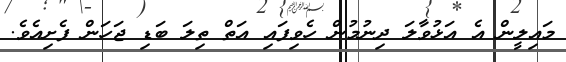
މައިލީން އެ އަޅުވާލަ ދިނުމުން ހެވިފައި އަތް ތިލަ ބަޑި ޖަހަން ފެށިއެވެ.